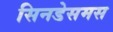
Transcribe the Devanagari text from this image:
सिनडेसमस